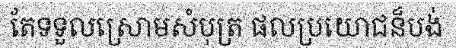
តែទទួលស្រោមសំបុត្រ ផលប្រយោជន៏បង់